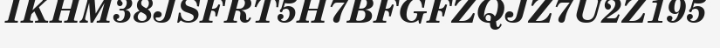
IKHM38JSFRT5H7BFGFZQJZ7U2Z195